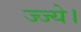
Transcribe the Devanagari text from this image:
ज्ज्ये।